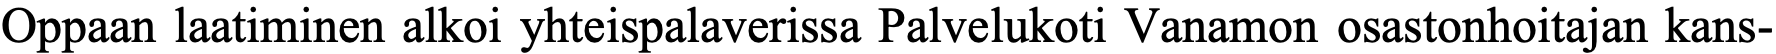
Oppaan laatiminen alkoi yhteispalaverissa Palvelukoti Vanamon osastonhoitajan kans-